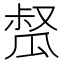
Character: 𤬂